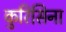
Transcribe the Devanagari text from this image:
कुरिसिना